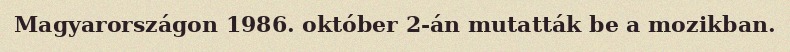
Magyarországon 1986. október 2-án mutatták be a mozikban.